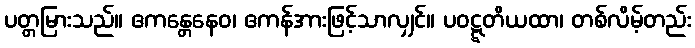
ပတ္တမြားသည်။ ဧကန္တေနေဝ၊ ဧကန်အားဖြင့်သာလျှင်။ ပဝဋ္ဋတိယထာ၊ တစ်လိမ့်တည်း